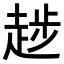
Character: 𧼝